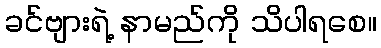
ခင်ဗျားရဲ့ နာမည်ကို သိပါရစေ။